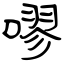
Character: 嘐